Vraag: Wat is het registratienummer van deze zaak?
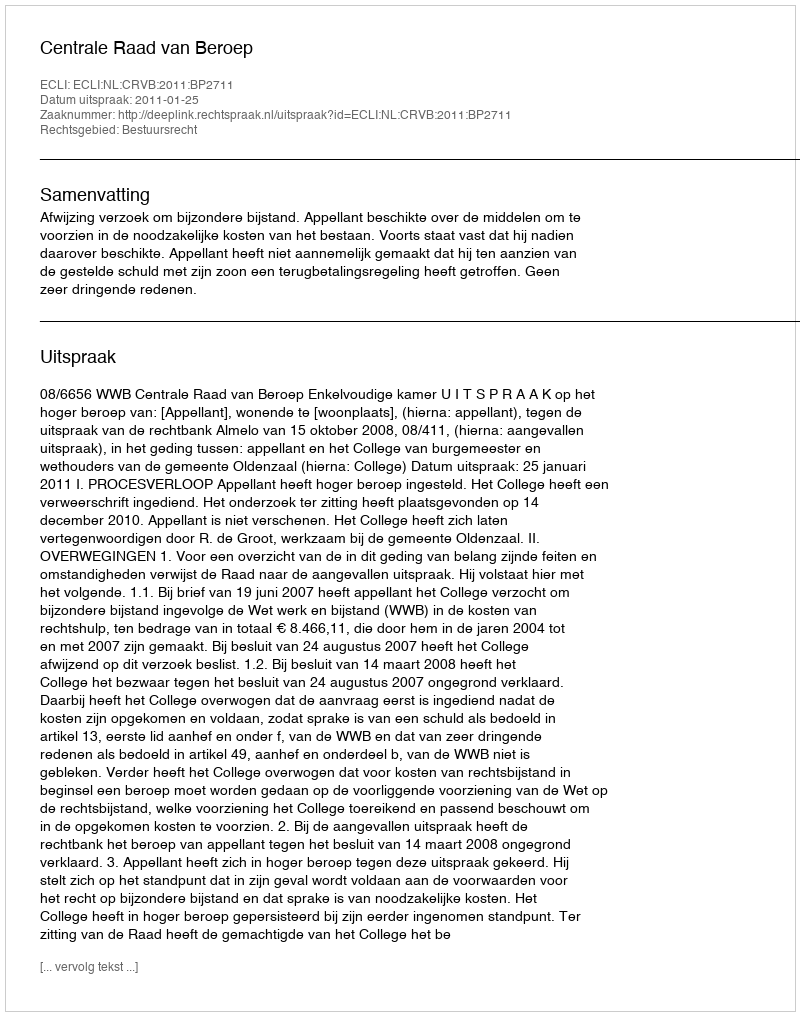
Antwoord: http://deeplink.rechtspraak.nl/uitspraak?id=ECLI:NL:CRVB:2011:BP2711